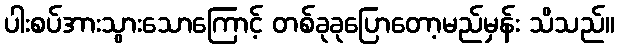
ပါးစပ်အားသွားသောကြောင့် တစ်ခုခုပြောတော့မည်မှန်း သိသည်။